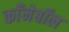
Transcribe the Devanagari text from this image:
काँमेबॉल